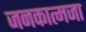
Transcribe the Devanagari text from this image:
जनकात्मजा